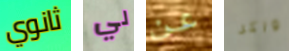
ثانوي لي عن واكر